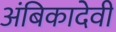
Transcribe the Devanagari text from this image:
अंबिकादेवी